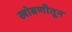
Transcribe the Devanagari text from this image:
खोबणीतून